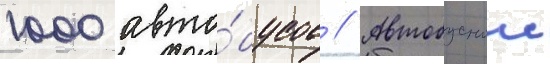
1000 авто́бусов // Автобусныи